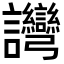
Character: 𬣗